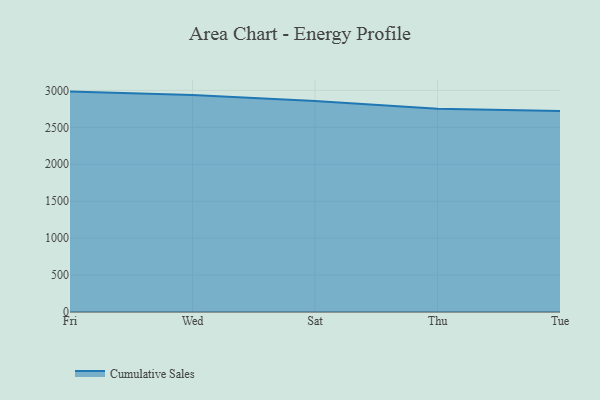
{"axis": {"x": "Day", "y": "Operating Costs (USD K)"}, "legend": ["Cumulative Sales"], "data": [{"x": "Fri", "y": 2983.8, "type": "Cumulative Sales"}, {"x": "Wed", "y": 2936.6, "type": "Cumulative Sales"}, {"x": "Sat", "y": 2855.5, "type": "Cumulative Sales"}, {"x": "Thu", "y": 2753.2, "type": "Cumulative Sales"}, {"x": "Tue", "y": 2720.3, "type": "Cumulative Sales"}]}